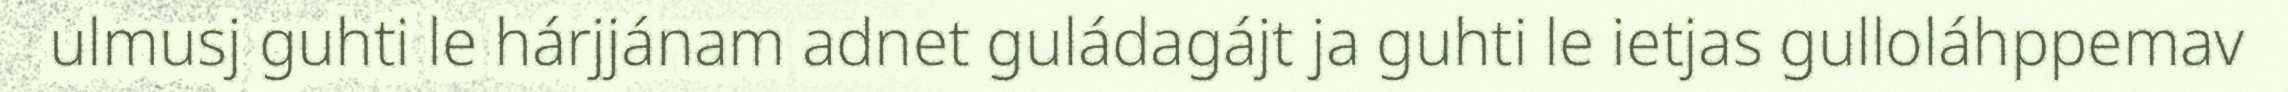
ulmusj guhti le hárjjánam adnet guládagájt ja guhti le ietjas gulloláhppemav